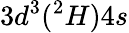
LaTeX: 3d^{3}(^{2}H)4s